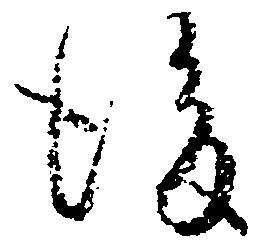
後